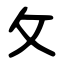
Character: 攵